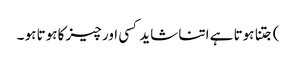
) جتنا ہوتا ہے اتنا شاید کسی اور چیز کا ہوتا ہو ۔